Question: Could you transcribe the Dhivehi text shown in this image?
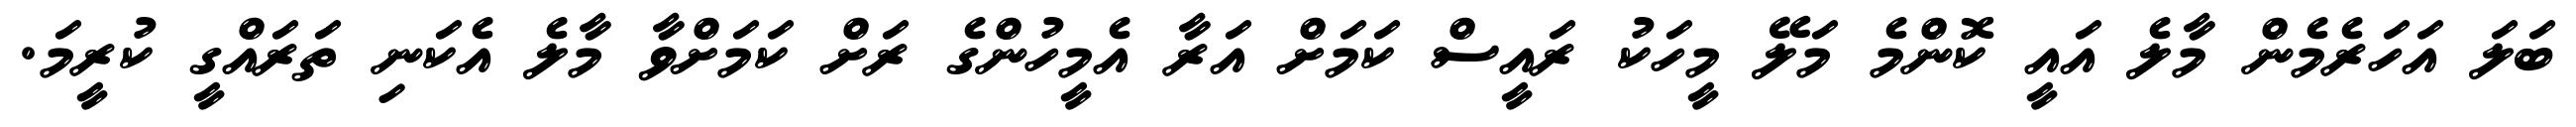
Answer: ބަލަ އަހަރެމެން މާލެ އައީ ކޮންމެ މަލޭ މީހަކު ރައީސް ކަމަށް އަރާ އެމީހުންގެ ރަށް ކަމަށްވާ މާލެ އެކަނި ތަރައްގީ ކުރީމަ.